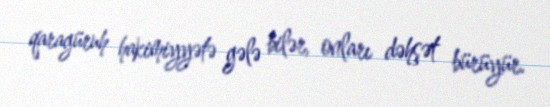
qaragüruh hakimiyyətə gələ bilər, onları dəhşət bürüyür.